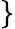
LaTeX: \rbrace